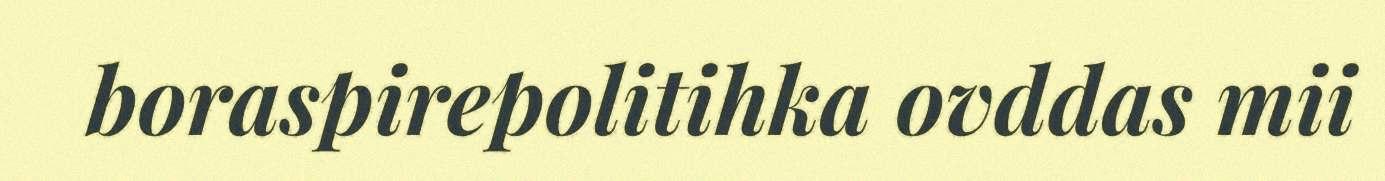
boraspirepolitihka ovddas mii